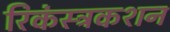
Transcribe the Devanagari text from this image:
रिकंस्ट्रकशन